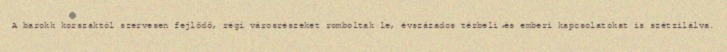
A barokk korszaktól szervesen fejlődő, régi városrészeket romboltak le, évszázados térbeli és emberi kapcsolatokat is szétzilálva.